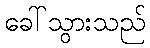
ခေါ်သွားသည်